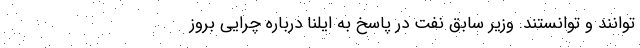
توانند و توانستند. وزیر سابق نفت در پاسخ به ایلنا درباره چرایی بروز